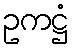
ဥကဋ္ဌံ